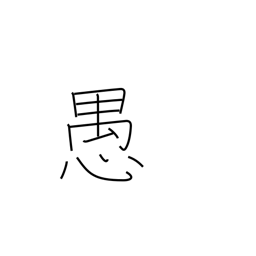
Meaning: folly